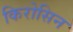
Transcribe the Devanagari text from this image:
किरोसिन